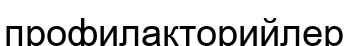
профилакторийлер